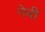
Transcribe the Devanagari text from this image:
नेबी